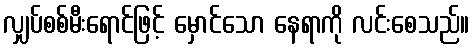
လျှပ်စစ်မီးရောင်ဖြင့် မှောင်သော နေရာကို လင်းစေသည်။